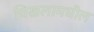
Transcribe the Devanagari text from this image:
चिखलामधील